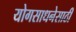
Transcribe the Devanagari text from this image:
योगसाधनेसाठी